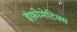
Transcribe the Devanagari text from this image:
इंफ़ोमेटिक्स